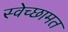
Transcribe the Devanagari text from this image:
स्वेच्छामत